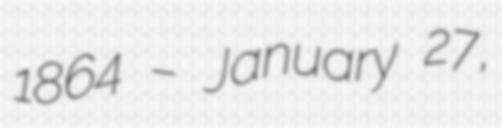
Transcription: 1864 – January 27,